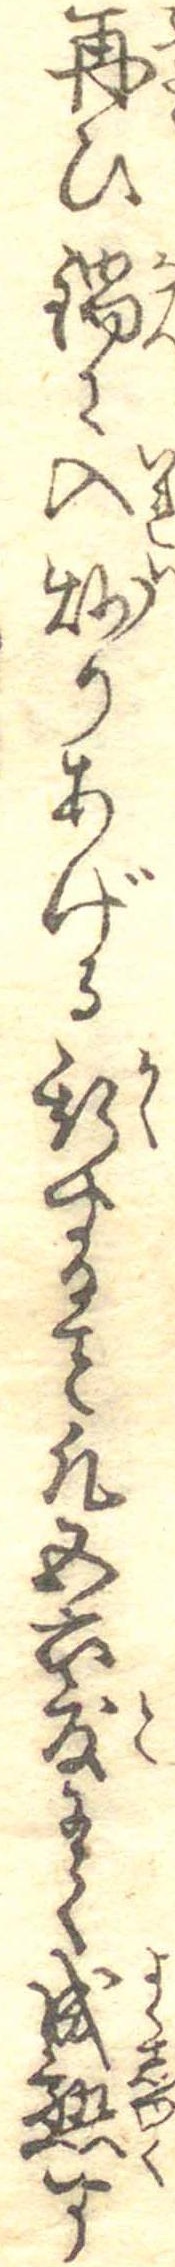
再ひ鍋に入炒りあげる斯する凡五六度にて成熟す